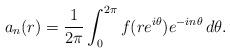
LaTeX: \begin{align*}a_n(r) = \frac{1}{2\pi} \int_0^{2\pi} f(re^{i\theta}) e^{-in\theta}\, d\theta.\end{align*}